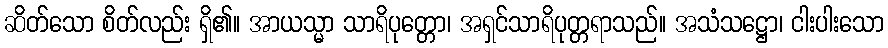
ဆိတ်သော စိတ်လည်း ရှိ၏။ အာယသ္မာ သာရိပုတ္တော၊ အရှင်သာရိပုတ္တရာသည်။ အသံသဋ္ဌော၊ ငါးပါးသော